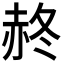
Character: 𧹝